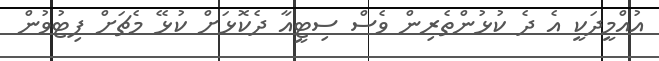
އުއްމީދަކީ އެ ދެ ކުޅުންތެރިން ވެސް ސިޓީއާ ދެކޮޅަށް ކުޅޭ މެޗަށް ފިޓުވުން